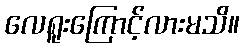
လေရူးကြောင့်လားမသိ။